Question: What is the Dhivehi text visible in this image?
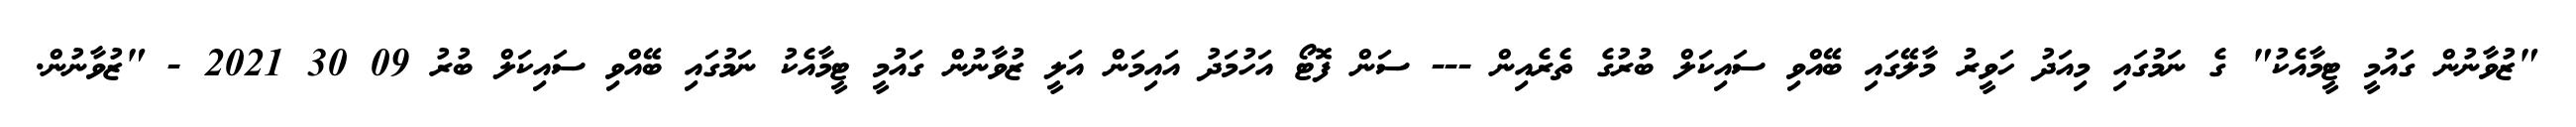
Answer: "ޒުވާނުން ގައުމީ ޓީމާއެކު" ގެ ނަމުގައި މިއަދު ހަވީރު މާލޭގައި ބޭއްވި ސައިކަލް ބުރުގެ ތެރެއިން --- ސަން ފޮޓޯ އަހުމަދު އައިމަން އަލީ ޒުވާނުން ގައުމީ ޓީމާއެކު ނަމުގައި ބޭއްވި ސައިކަލް ބުރު 09 30 2021 - "ޒުވާނުން.